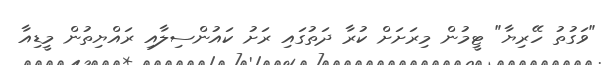
"ވަގުތު ހޭރިޔާ" ޓީމުން މިރަށަށް ކުރާ ދަތުގައި ރަށު ކައުންސިލާއި ރައްޔިތުން މީޑިއާ